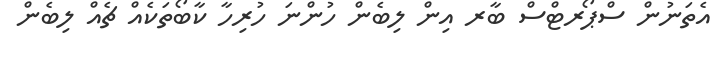
އެތަނުން ސްޕޯރޓްސް ބާރ އިން ލިބެން ހުންނަ ހުރިހާ ކާބޯތަކެއް ޗެެއް ލިބެން